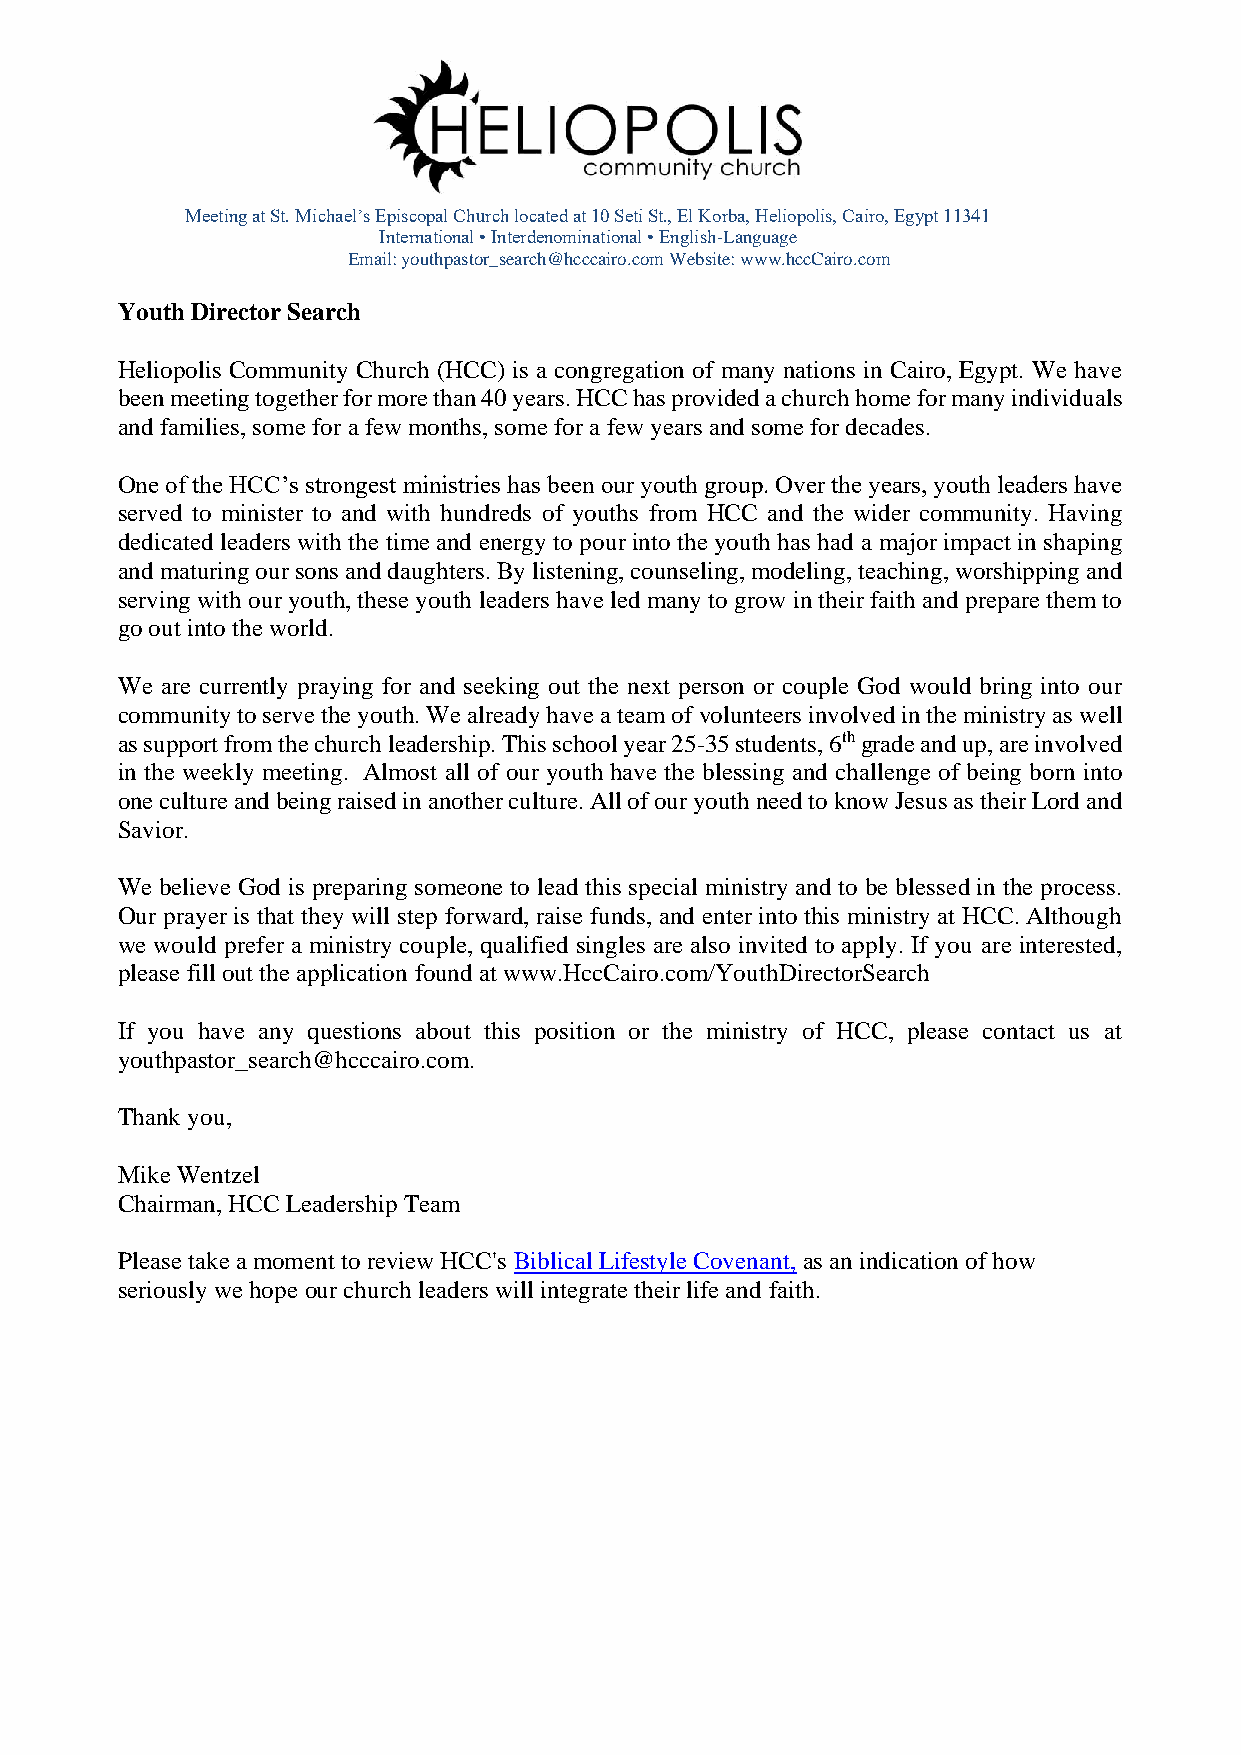
Meeting at St. Michael’s Episcopal Church located at 10 Seti St., El Korba, Heliopolis, Cairo, Egypt 11341
 International • Interdenominational • English-Language
 Email: youthpastor_search@hcccairo.com Website: www.hccCairo.com
 Youth Director Search
 Heliopolis Community Church (HCC) is a congregation of many nations in Cairo, Egypt. We have
 been meeting together for more than 40 years. HCC has provided a church home for many individuals
 and families, some for a few months, some for a few years and some for decades.
 One of the HCC’s strongest ministries has been our youth group. Over the years, youth leaders have
 served to minister to and with hundreds of youths from HCC and the wider community. Having
 dedicated leaders with the time and energy to pour into the youth has had a major impact in shaping
 and maturing our sons and daughters. By listening, counseling, modeling, teaching, worshipping and
 serving with our youth, these youth leaders have led many to grow in their faith and prepare them to
 go out into the world.
 We are currently praying for and seeking out the next person or couple God would bring into our
 community to serve the youth. We already have a team of volunteers involved in the ministry as well
 as support from the church leadership. This school year 25-35 students, 6th grade and up, are involved
 in the weekly meeting. Almost all of our youth have the blessing and challenge of being born into
 one culture and being raised in another culture. All of our youth need to know Jesus as their Lord and
 Savior.
 We believe God is preparing someone to lead this special ministry and to be blessed in the process.
 Our prayer is that they will step forward, raise funds, and enter into this ministry at HCC. Although
 we would prefer a ministry couple, qualified singles are also invited to apply. If you are interested,
 please fill out the application found at www.HccCairo.com/YouthDirectorSearch
 If you have any questions about this position or the ministry of HCC, please contact us at
 youthpastor_search@hcccairo.com.
 Thank you,
 Mike Wentzel
 Chairman, HCC Leadership Team
 Please take a moment to review HCC's Biblical Lifestyle Covenant, as an indication of how
 seriously we hope our church leaders will integrate their life and faith.